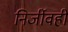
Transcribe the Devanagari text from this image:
निर्जीवही